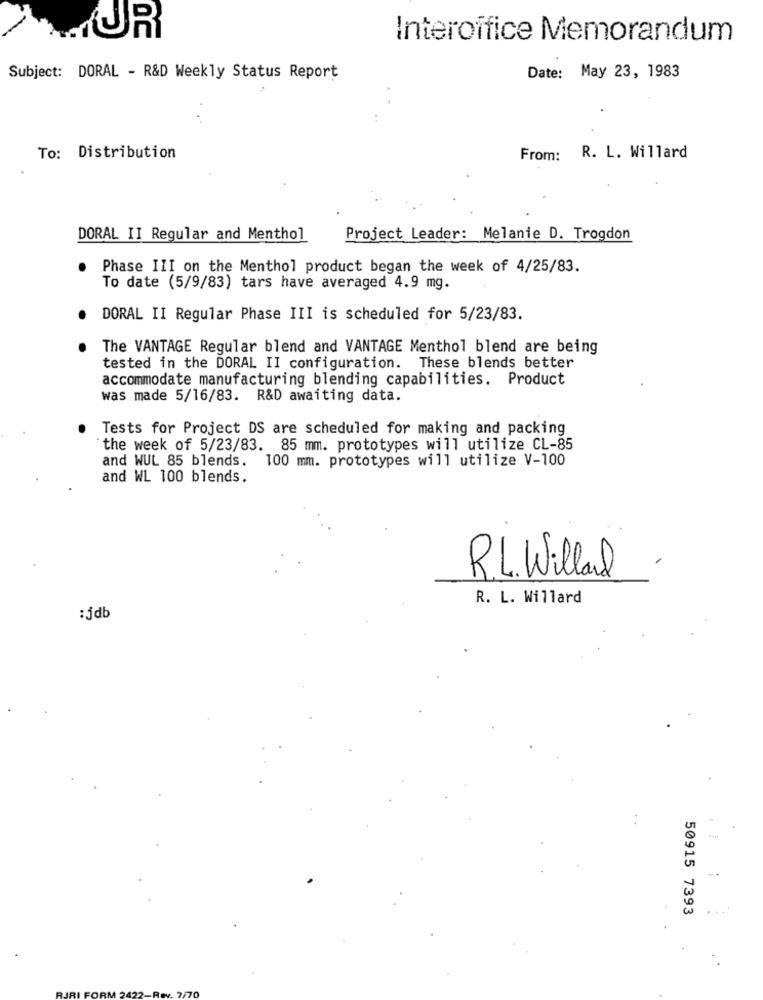
UR
Interoffice Memorandum
Date: May 23, 1983
Subject: DORAL - R&D Weekly Status Report
To: Distribution
From:
R. L. Willard
DORAL II Regular and Menthol
Project Leader: Melanie D. Trogdon
Phase III on the Menthol product began the week of 4/25/83.
To date (5/9/83) tars have averaged 4.9 mg.
DORAL II Regular Phase III is scheduled for 5/23/83.
The VANTAGE Regular blend and VANTAGE Menthol blend are being
tested in the DORAL II configuration. These blends better
accommodate manufacturing blending capabilities. Product
was made 5/16/83. R&D awaiting data.
Tests for Project DS are scheduled for making and packing
the week of 5/23/83. 85 mm. prototypes will utilize CL-85
and WUL 85 blends.
100 mm. prototypes will utilize V-100
and WL 100 blends.
R.L. Willard
R. L. Willard
:jdb
50915 7393
2/70